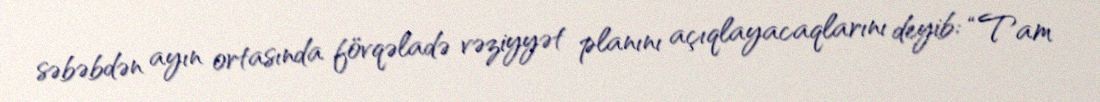
səbəbdən ayın ortasında fövqəladə vəziyyət planını açıqlayacaqlarını deyib: “Tam